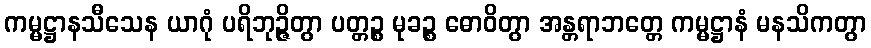
ကမ္မဋ္ဌာနသီသေန ယာဂုံ ပရိဘုဉ္ဇိတွာ ပတ္တဉ္စ မုခဉ္စ ဓောဝိတွာ အန္တရာဘတ္တေ ကမ္မဋ္ဌာနံ မနသိကတွာ